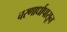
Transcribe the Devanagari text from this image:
चरणार्धापासून